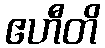
ဧဟီတိ